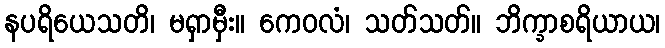
နပရိယေသတိ၊ မရှာမှီး။ ကေဝလံ၊ သတ်သတ်။ ဘိက္ခာစရိယာယ၊